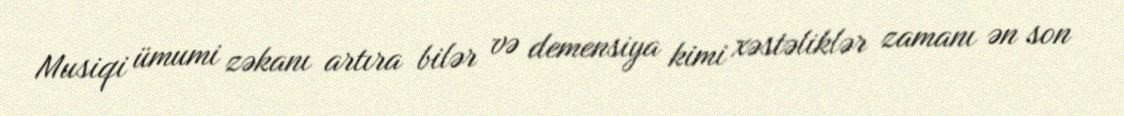
Musiqi ümumi zəkanı artıra bilər və demensiya kimi xəstəliklər zamanı ən son